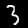
Label: 3